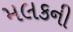
મલકની